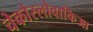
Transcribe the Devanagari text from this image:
चेकोस्लोवाकिआ